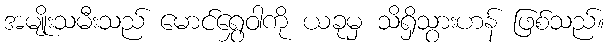
အမျိုးသမီးသည် မောင်ရွှေဝါကို ယခုမှ သိရှိသွားဟန် ဖြစ်သည်။